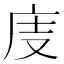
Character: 𢇽